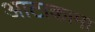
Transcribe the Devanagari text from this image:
आटाकामा